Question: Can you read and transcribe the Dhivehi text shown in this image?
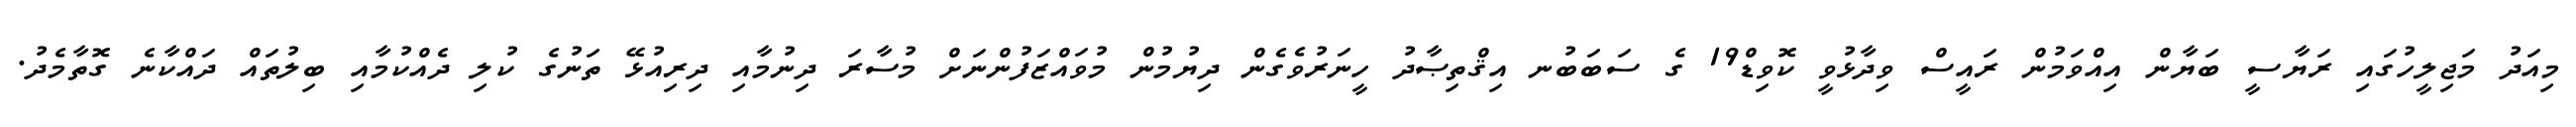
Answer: މިއަދު މަޖިލީހުގައި ރަޔާސީ ބަޔާން އިއްވަމުން ރައީސް ވިދާޅުވީ ކޮވިޑް19 ގެ ސަބަބުނ އިޤްތިޞާދު ހީނަރުވެގެން ދިޔުމުން މުވައްޒަފުންނަށް މުސާރަ ދިނުމާއި ދިރިއުޅޭ ތަނުގެ ކުލި ދެއްކުމާއި ބިލުތައް ދައްކާނެ ގޮތާމެދު.